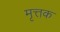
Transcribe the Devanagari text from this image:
मृत्तक